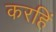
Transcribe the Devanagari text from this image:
करहिं